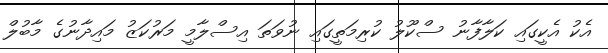
އެކު އެކީގައި ކަލާފާނު ސްކޫލު ކުރިމަތީގައި ނުވަތަ އިސްލާމީ މަރުކަޒު މައިދާނުގެ މާބުލް